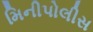
મિનીપોલીસ